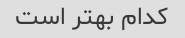
کدام بهتر است